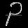
Digit: ၃